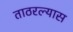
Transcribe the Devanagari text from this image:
ताठरल्यास